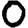
Digit: 0